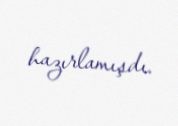
hazırlamışdı.